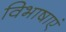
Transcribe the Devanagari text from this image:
विभाषाएं